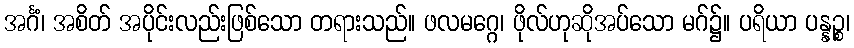
အင်္ဂံ၊ အစိတ် အပိုင်းလည်းဖြစ်သော တရားသည်။ ဖလမဂ္ဂေ၊ ဖိုလ်ဟုဆိုအပ်သော မဂ်၌။ ပရိယာ ပန္နဉ္စ၊